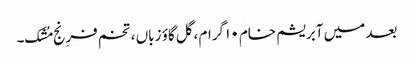
بعد میں آبریشم خام ۱۰ گرام ،گل گاؤ زباں ، تخم فرِنج مُشک۔